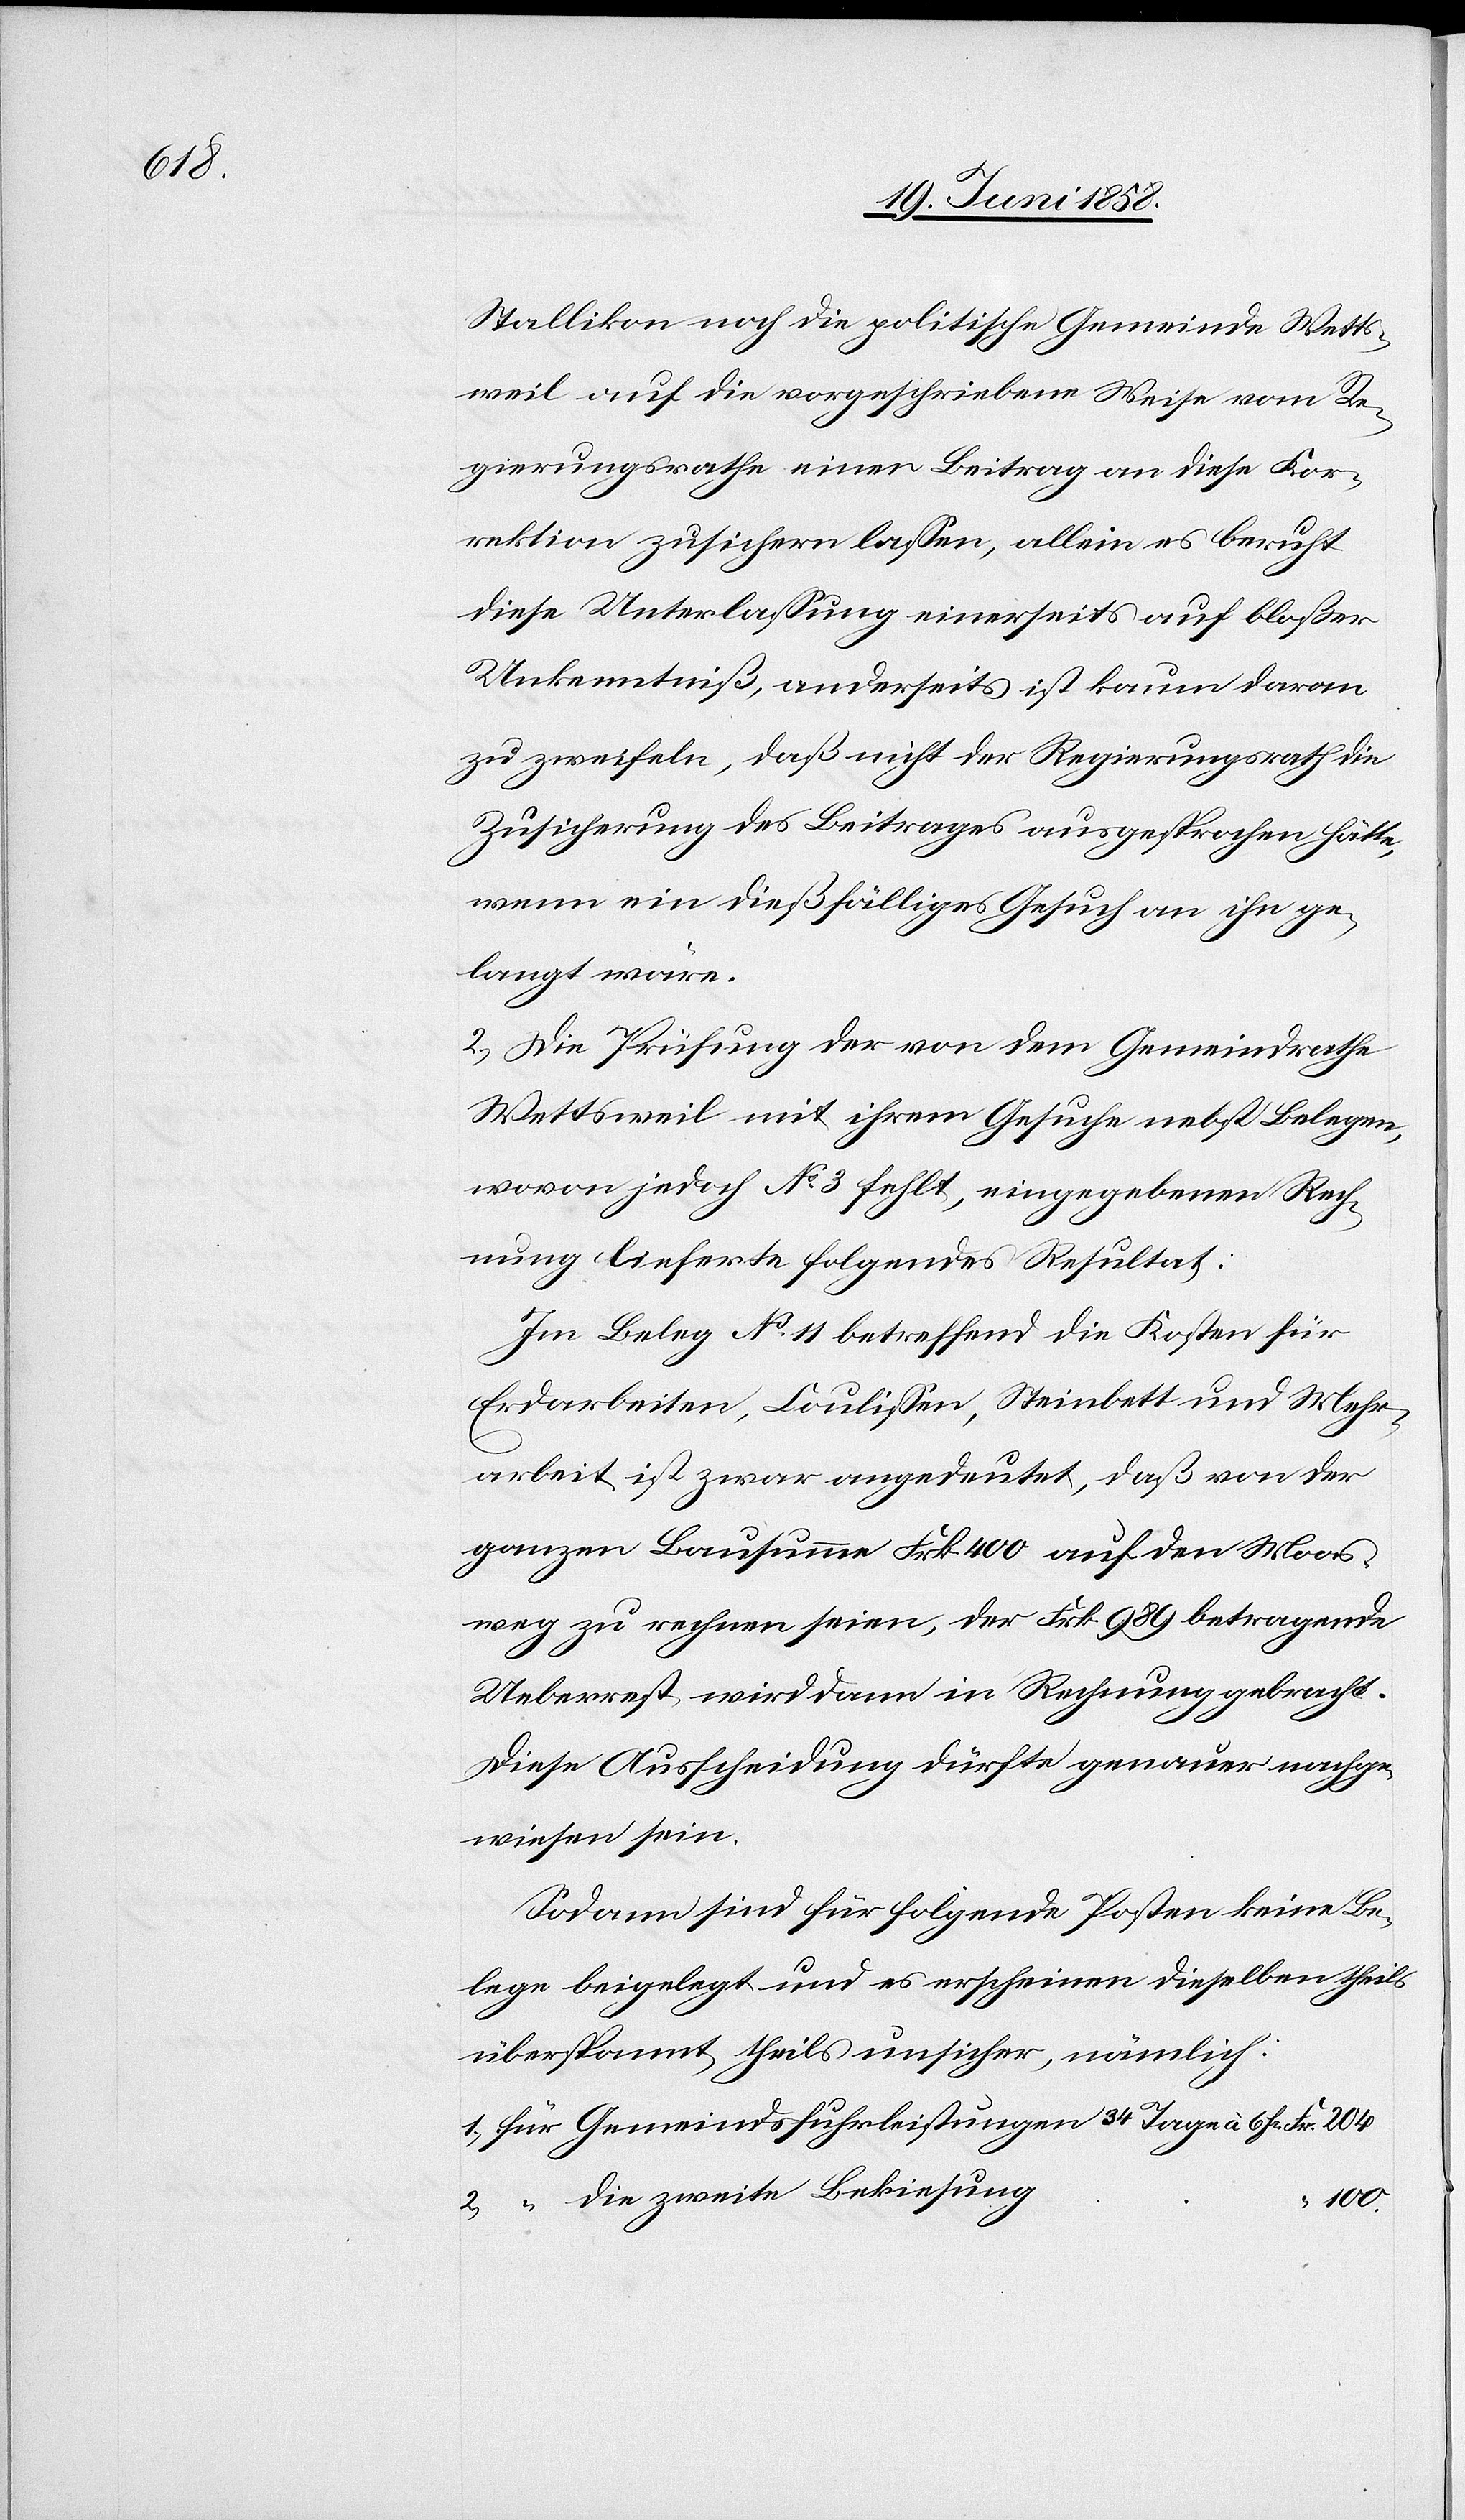
Stallikon noch die politische Gemeinde Wetts¬
weil auf die vorgeschriebene Weise vom Re¬
gierungsrathe einen Beitrag an diese Kor¬
rektion zusichern lassen, allein es beruht
diese Unterlassung einerseits auf bloßer
Unkenntniß, anderseits ist kaum daran
zu zweifeln, daß nicht der Regierungsrath die
Zusicherung des Beitrages ausgesprochen hätte,
wenn ein dießfälliges Gesuch an ihn ge¬
langt wäre.
2.) Die Prüfung der von dem Gemeindrathe
Wettsweil mit ihrem Gesuche nebst Belegen,
wovon jedoch No 3 fehlt, eingegebenen Rech¬
nung lieferte folgendes Resultat:
Im Beleg No 11 betreffend die Kosten für
Erdarbeiten, Coulissen, Steinbett und Mehr¬
arbeit ist zwar angedeutet, daß von der
ganzen Bausumme Frk. 400 auf den Moos¬
weg zu rechnen seien, der Frk. 989 betragende
Ueberrest wird dann in Rechnung gebracht.
Diese Ausscheidung dürfte genauer nachge¬
wiesen sein.
Sodann sind für folgende Posten keine Be¬
lege beigelegt und es erscheinen dieselben theils
überspannt, theils unsicher, nämlich:
für Gemeindsfuhrleistungen 34 Tage à 6 fr.
“ die zweite Bekiesung
“ 100.